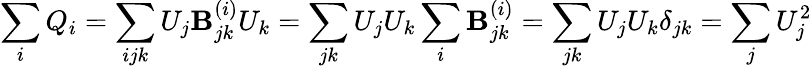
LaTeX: \sum_{i}Q_{i}=\sum_{ijk}U_{j}\mathbf{B}_{jk}^{(i)}U_{k}=\sum_{jk}U_{j}U_{k}\sum_{i}\mathbf{B}_{jk}^{(i)}=\sum_{jk}U_{j}U_{k}\delta_{jk}=\sum_{j}U_{j}^{2}